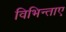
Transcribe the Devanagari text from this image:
विभिन्ताए